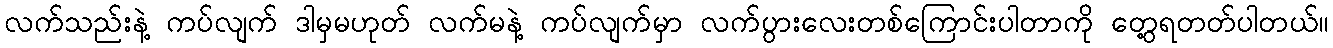
လက်သည်းနဲ့ ကပ်လျက် ဒါမှမဟုတ် လက်မနဲ့ ကပ်လျက်မှာ လက်ပွားလေးတစ်ကြောင်းပါတာကို တွေ့ရတတ်ပါတယ်။